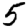
Digit: 5